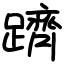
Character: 躋